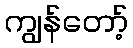
ကျွန်တော့်